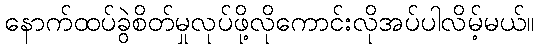
နောက်ထပ်ခွဲစိတ်မှုလုပ်ဖို့လိုကောင်းလိုအပ်ပါလိမ့်မယ်။